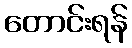
တောင်းရန်